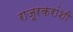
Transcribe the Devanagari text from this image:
राजूरकरांशी